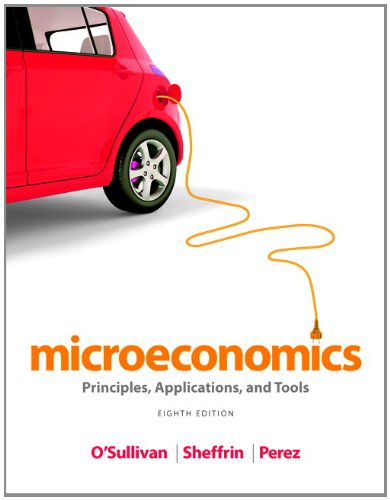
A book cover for Microeconomics: Principles, Applications, and Tools (8th Edition); Arthur O'Sullivan; Business & Money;